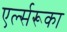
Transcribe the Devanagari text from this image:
एर्ल्सरूका